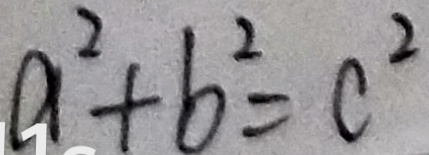
a ^ { 2 } + b ^ { 2 } = c ^ { 2 }